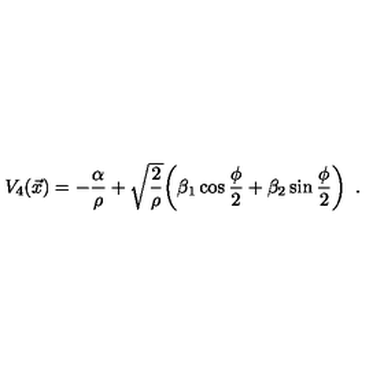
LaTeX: V _ { 4 } ( \vec { x } ) = - { \frac { \alpha } { \rho } } + \sqrt { \frac { 2 } { \rho } } \bigg ( \beta _ { 1 } \cos { \frac { \phi } { 2 } } + \beta _ { 2 } \sin { \frac { \phi } { 2 } } \bigg ) \enspace .